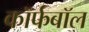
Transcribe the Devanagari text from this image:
कॉर्फबॉल